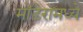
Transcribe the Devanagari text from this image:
मॉडेरामध्ये